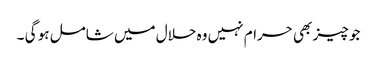
جو چیز بھی حرام نہیں وہ حلال میں شامل ہو گی ۔